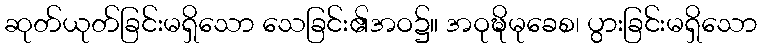
ဆုတ်ယုတ်ခြင်းမရှိသော သေခြင်း၏အဝ၌။ အဝုဍ္ဎိမုခေစ၊ ပွားခြင်းမရှိသော